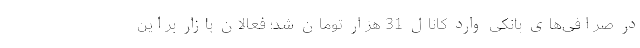
در صرافی‌های بانکی وارد کانال 31 هزار تومان شد؛ فعالان بازار براین